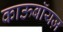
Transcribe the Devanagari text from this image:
काऊबॉयज़